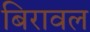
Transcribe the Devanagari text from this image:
बिरावल